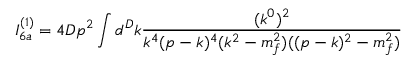
I _ { 6 a } ^ { ( 1 ) } = 4 D p ^ { 2 } \int d ^ { D } k \frac { ( k ^ { 0 } ) ^ { 2 } } { k ^ { 4 } ( p - k ) ^ { 4 } ( k ^ { 2 } - m _ { f } ^ { 2 } ) ( ( p - k ) ^ { 2 } - m _ { f } ^ { 2 } ) }